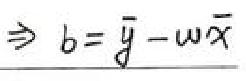
\(\Rightarrow b = \bar{y} - w\bar{x}\)